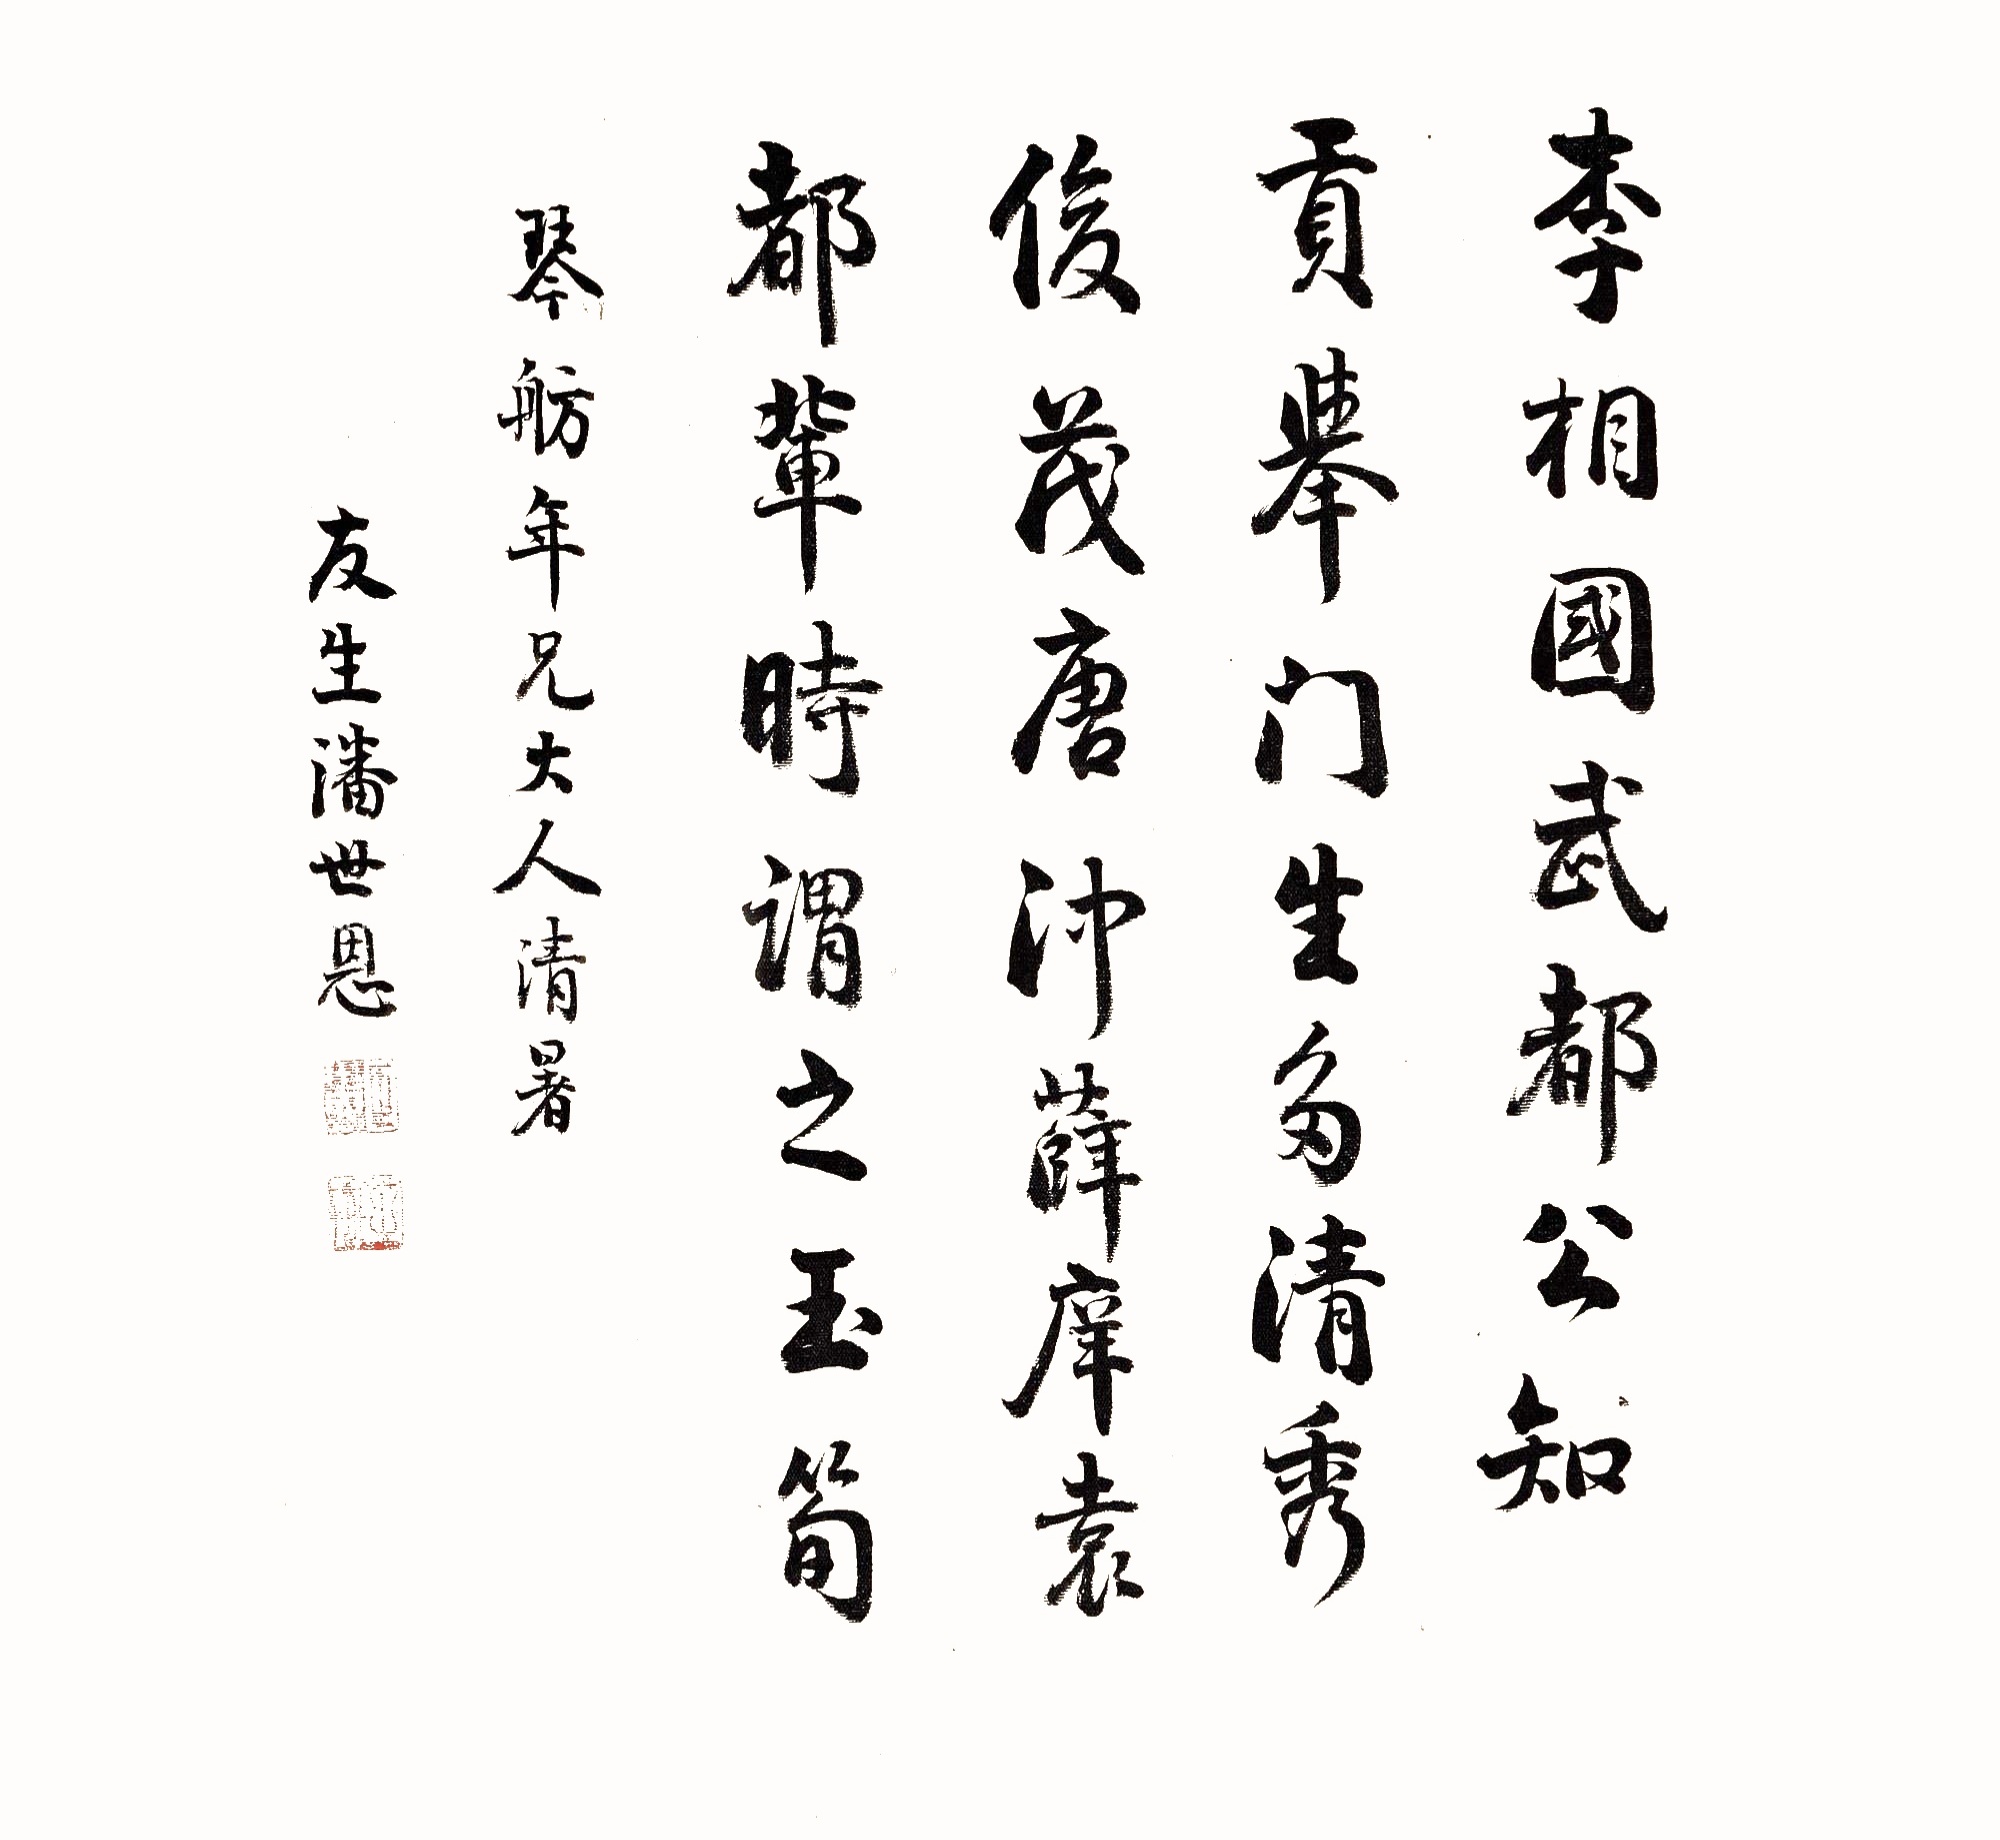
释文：李相国武都公知贡举，门生多清秀俊茂。唐冲薛庠袁都辈，时谓之玉简。琴舫年兄大人清暑。友生潘世恩。